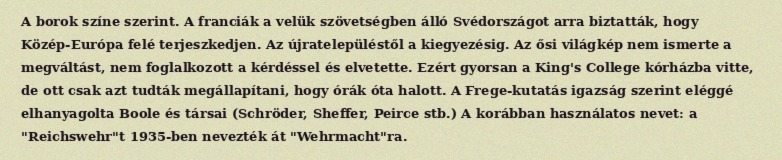
A borok színe szerint. A franciák a velük szövetségben álló Svédországot arra biztatták, hogy Közép-Európa felé terjeszkedjen. Az újratelepüléstől a kiegyezésig. Az ősi világkép nem ismerte a megváltást, nem foglalkozott a kérdéssel és elvetette. Ezért gyorsan a King's College kórházba vitte, de ott csak azt tudták megállapítani, hogy órák óta halott. A Frege-kutatás igazság szerint eléggé elhanyagolta Boole és társai (Schröder, Sheffer, Peirce stb.) A korábban használatos nevet: a "Reichswehr"t 1935-ben nevezték át "Wehrmacht"ra.